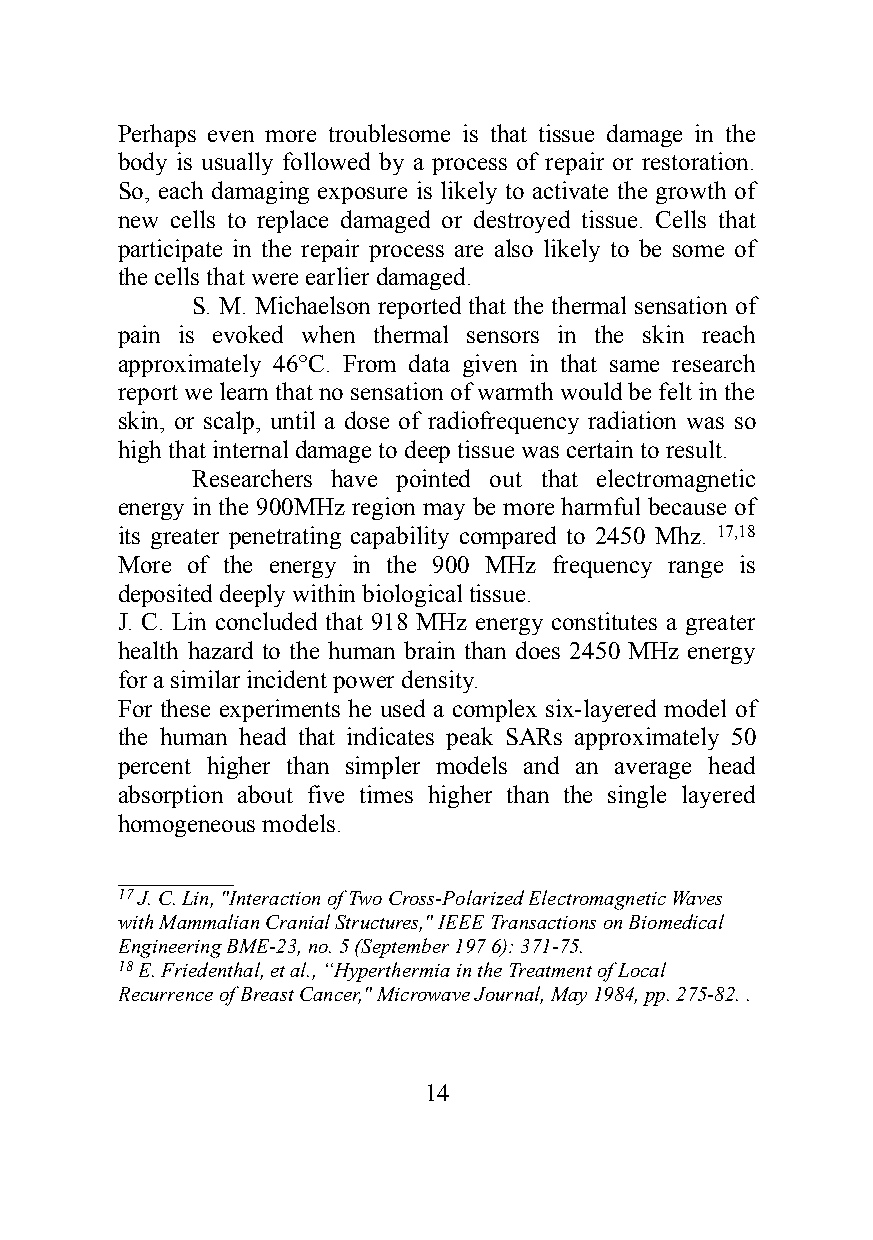
Perhaps even more troublesome is that tissue damage in the
 body is usually followed by a process of repair or restoration.
 So, each damaging exposure is likely to activate the growth of
 new cells to replace damaged or destroyed tissue. Cells that
 participate in the repair process are also likely to be some of
 the cells that were earlier damaged.
 S. M. Michaelson reported that the thermal sensation of
 pain is evoked when thermal sensors in the skin reach
 approximately 46°C. From data given in that same research
 report we learn that no sensation of warmth would be felt in the
 skin, or scalp, until a dose of radiofrequency radiation was so
 high that internal damage to deep tissue was certain to result.
 Researchers have pointed out that electromagnetic
 energy in the 900MHz region may be more harmful because of
 its greater penetrating capability compared to 2450 Mhz. 17,18
 More of the energy in the 900 MHz frequency range is
 deposited deeply within biological tissue.
 J. C. Lin concluded that 918 MHz energy constitutes a greater
 health hazard to the human brain than does 2450 MHz energy
 for a similar incident power density.
 For these experiments he used a complex six-layered model of
 the human head that indicates peak SARs approximately 50
 percent higher than simpler models and an average head
 absorption about five times higher than the single layered
 homogeneous models.
 ___________
 17 J. C. Lin, "Interaction of Two Cross-Polarized Electromagnetic Waves
 with Mammalian Cranial Structures," IEEE Transactions on Biomedical
 Engineering BME-23, no. 5 (September 197 6): 371-75.
 18 E. Friedenthal, et al., “Hyperthermia in the Treatment of Local
 Recurrence of Breast Cancer," Microwave Journal, May 1984, pp. 275-82. .
 14